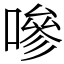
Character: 嘇